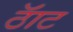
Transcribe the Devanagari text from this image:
ठॅाट